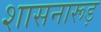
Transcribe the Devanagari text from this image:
शासनारूड़